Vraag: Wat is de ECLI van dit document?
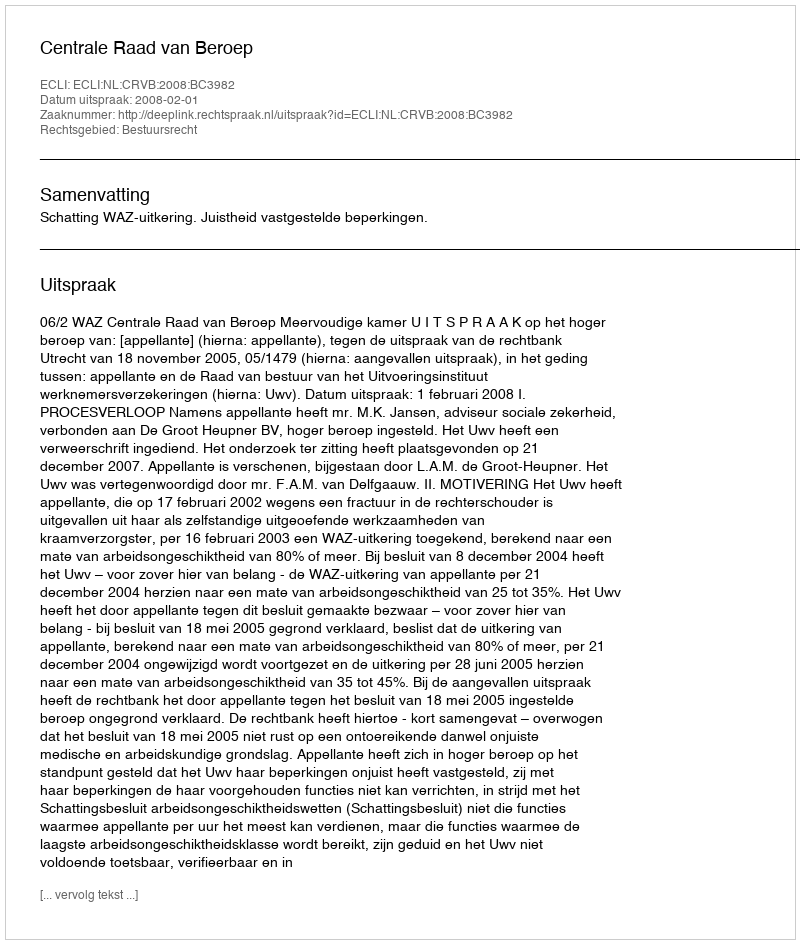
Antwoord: ECLI:NL:CRVB:2008:BC3982